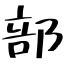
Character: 部